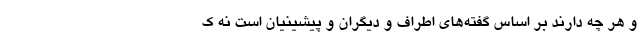
و هر چه دارند بر اساس گفته‌های اطراف و دیگران و پیشینیان است نه ک